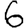
Digit: 6